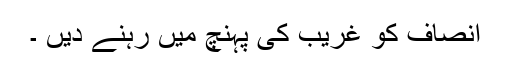
انصاف کو غریب کی پہنچ میں رہنے دیں ۔